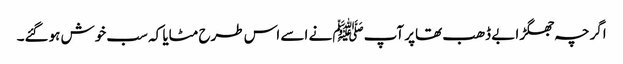
اگرچہ جھگڑا بے ڈھب تھاپر آپﷺ نے اسے اس طرح مٹایا کہ سب خوش ہوگئے۔